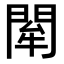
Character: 𨴍